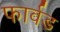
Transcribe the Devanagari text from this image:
फार्वड